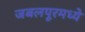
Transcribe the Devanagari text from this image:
जबलपूरमध्ये